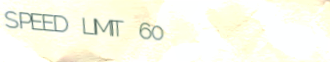
SPEED LIMIT 60